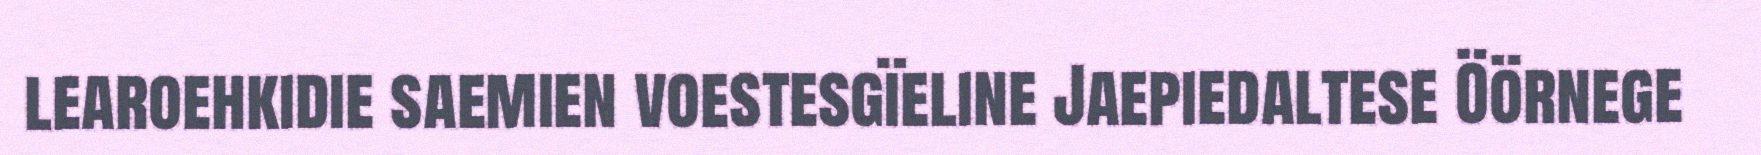
learoehkidie saemien voestesgïeline Jaepiedaltese Öörnege